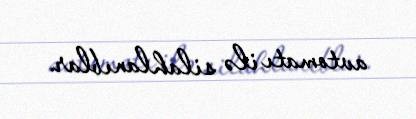
avtomatı ilə silahlanıblar.